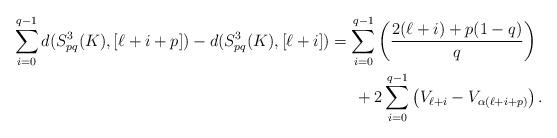
LaTeX: \begin{align*}\sum_{i=0}^{q-1} d(S^3_{pq}(K),[\ell+i+p])-d(S^3_{pq}(K),[\ell+i]) &=\sum_{i=0}^{q-1}\left(\frac{2(\ell+i)+p(1-q)}{q}\right) \\ & \,\,\,\,\,\,\,\,\, +2\sum_{i=0}^{q-1} \left(V_{\ell+i}-V_{\alpha(\ell+i+p)}\right).\end{align*}